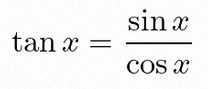
\tan x=\frac{\sin x}{\cos x}